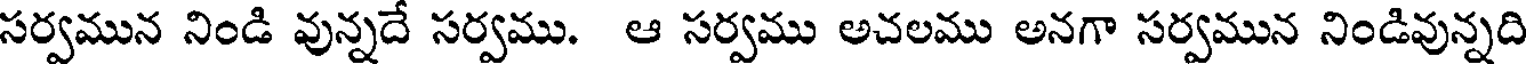
సర్వమున నిండి వున్నదే సర్వము. ఆ సర్వము అచలము అనగా సర్వమున నిండివున్నది